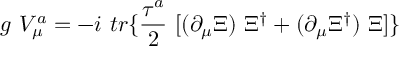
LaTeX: g ~ V _ { \mu } ^ { a } = - i ~ t r \{ \frac { \tau ^ { a } } { 2 } ~ [ ( \partial _ { \mu } \Xi ) ~ \Xi ^ { \dag } + ( \partial _ { \mu } \Xi ^ { \dag } ) ~ \Xi ] \}